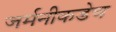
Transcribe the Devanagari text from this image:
जर्मनीकडेच